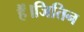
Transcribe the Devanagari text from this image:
हैं।जितिन